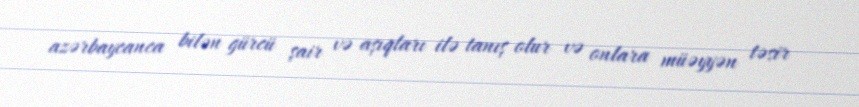
azərbaycanca bilən gürcü şair və aşıqları ilə tanış olur və onlara müəyyən təsir